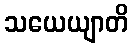
သယေယျာတိ